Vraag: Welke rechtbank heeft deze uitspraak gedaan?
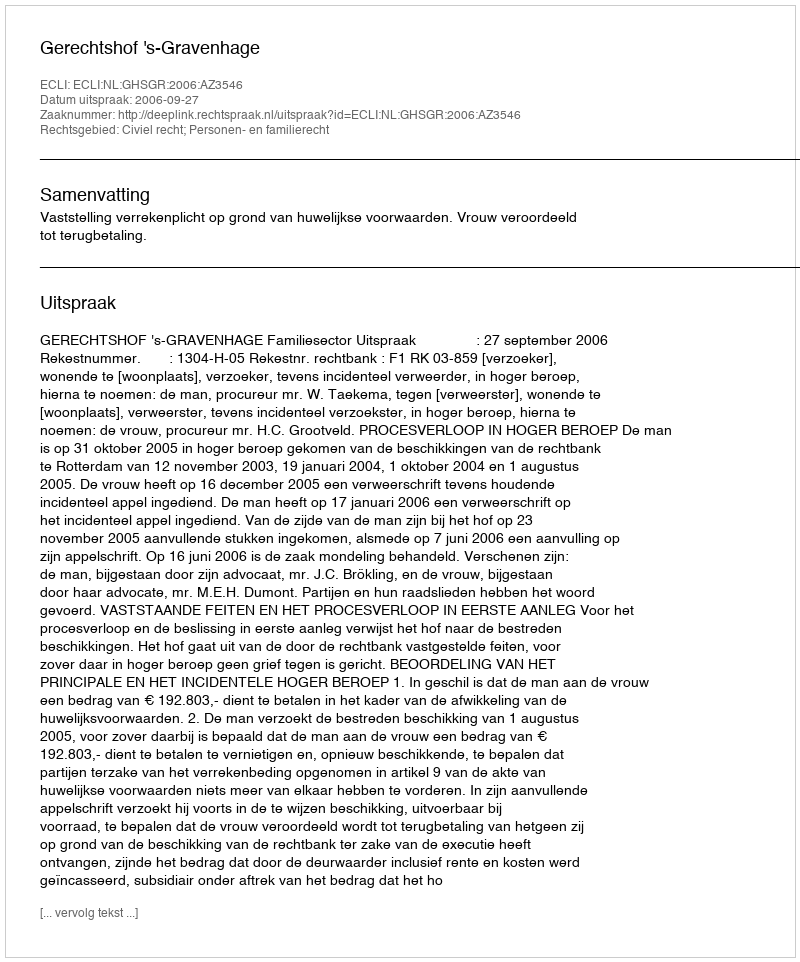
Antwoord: Gerechtshof 's-Gravenhage